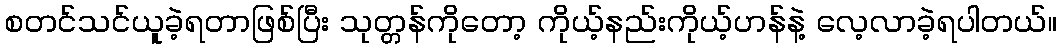
စတင်သင်ယူခဲ့ရတာဖြစ်ပြီး သုတ္တန်ကိုတော့ ကိုယ့်နည်းကိုယ့်ဟန်နဲ့ လေ့လာခဲ့ရပါတယ်။